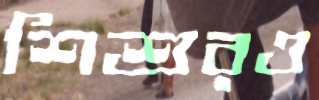
শিশুরও